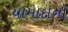
યામાદાનો